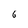
Character: 6